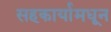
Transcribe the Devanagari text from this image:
सहकार्यामधून